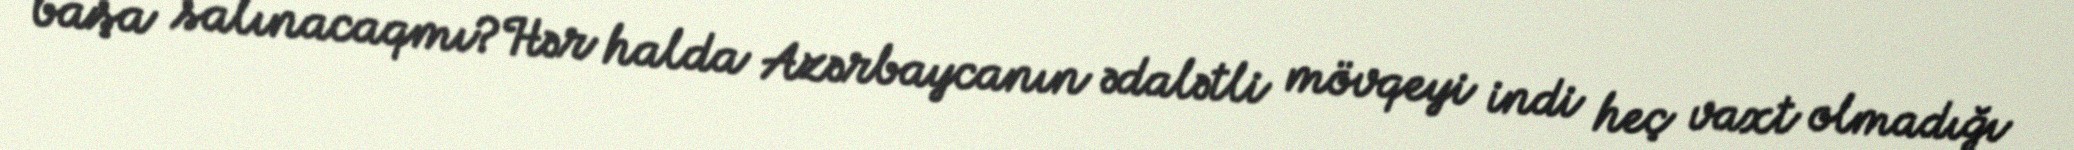
başa salınacaqmı?Hər halda Azərbaycanın ədalətli mövqeyi indi heç vaxt olmadığı